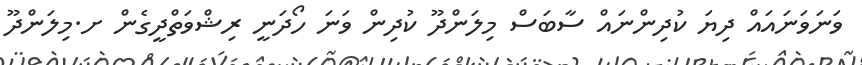
ވަނަވަނައައް ދިޔަ ކުދިންނައް ސާބަސް މިލަންދޫ ކުދިން ވަނަ ހޯދަނީ ރިޝްވަތްދީގެން ށ.މިލަންދޫ